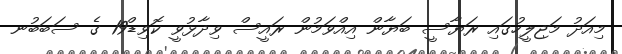
މިއަދު މަޖިލީހުގައި ރަޔާސީ ބަޔާން އިއްވަމުން ރައީސް ވިދާޅުވީ ކޮވިޑް19 ގެ ސަބަބުނ